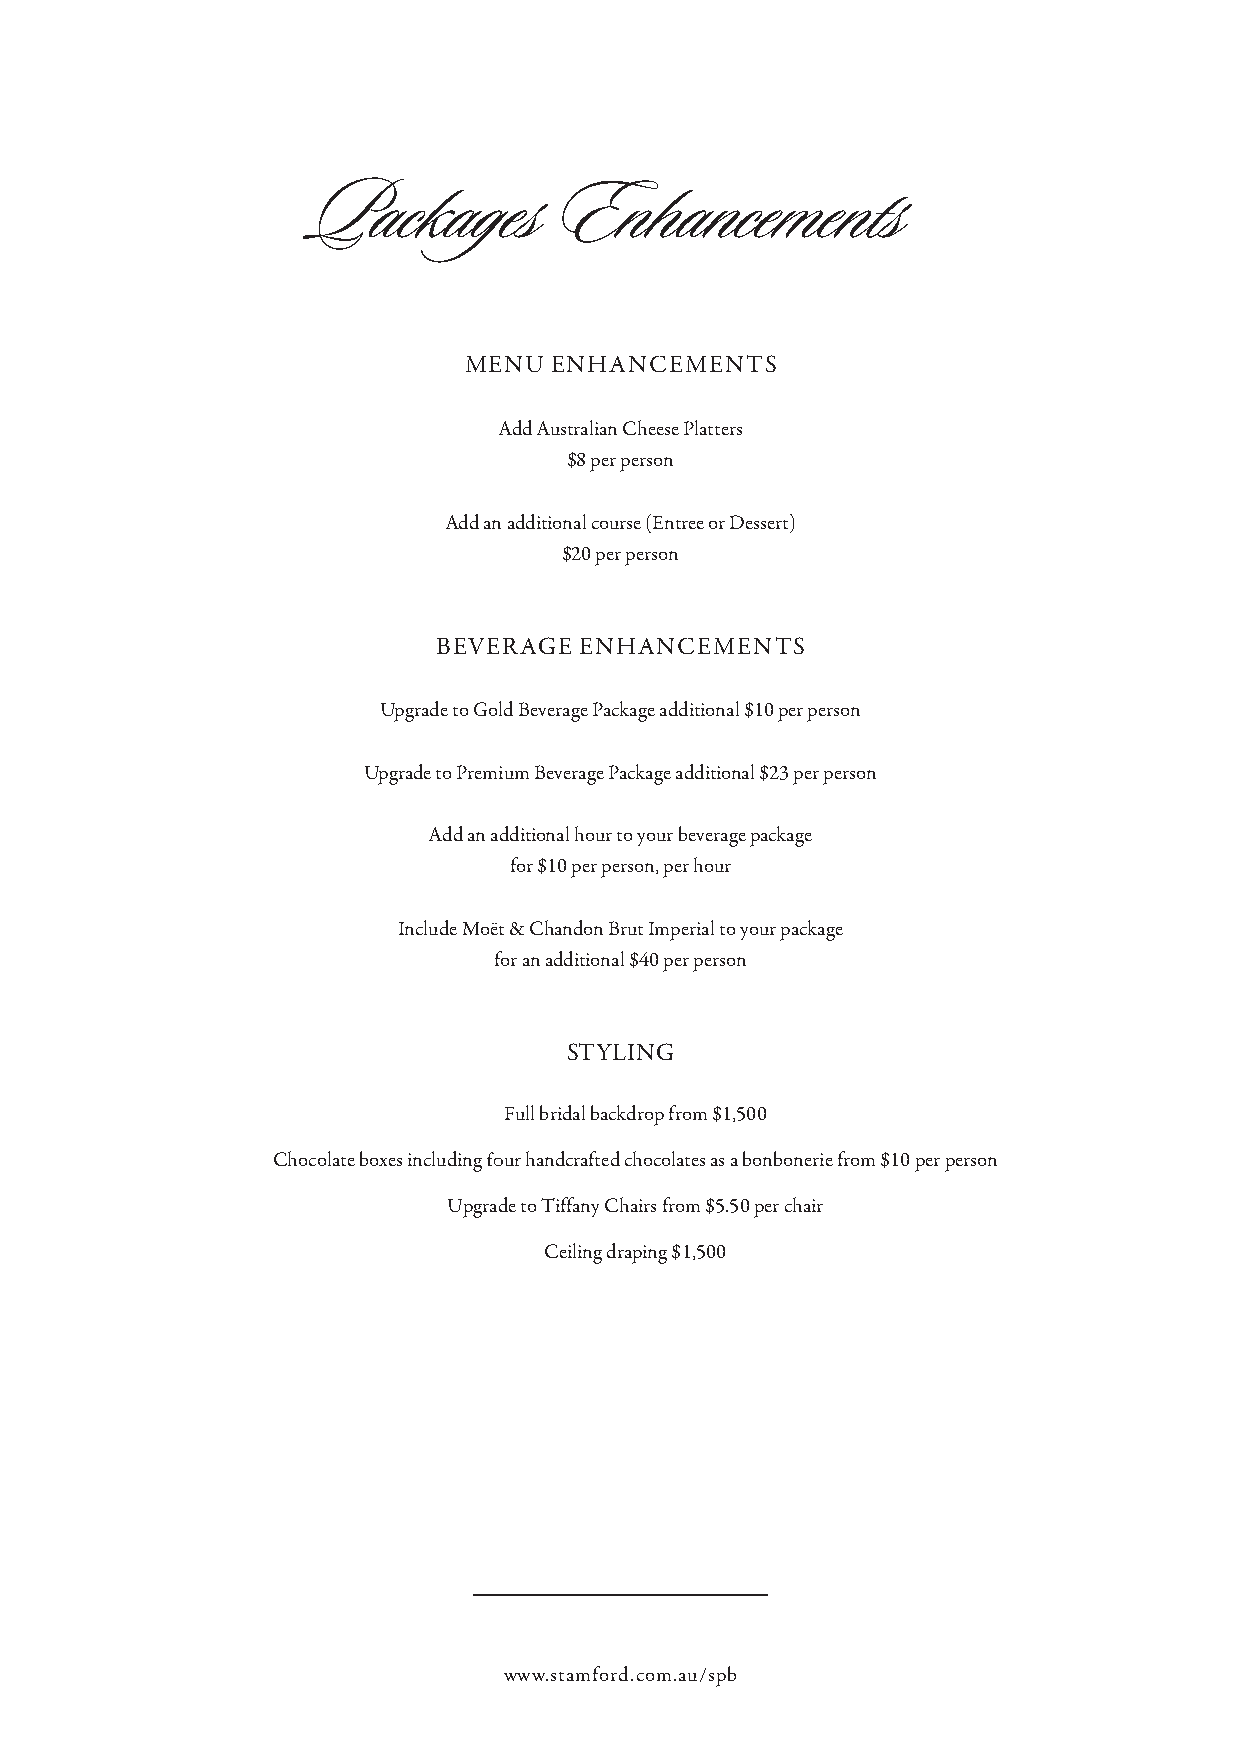
Packages        Enhancements
 MEnU  EnHAnCEMEnTS
 Add Australian Cheese Platters
 $8 per person
 Add an additional course (Entree or Dessert)
 $20 per person
 BEvERAGE EnHAnCEMEnTS
 Upgrade to Gold Beverage Package additional $10 per person
 Upgrade to Premium Beverage Package additional $23 per person
 Add an additional hour to your beverage package
 for $10 per person, per hour
 Include Moët & Chandon Brut Imperial to your package
 for an additional $40 per person
 STYLInG
 Full bridal backdrop from $1,500
 Chocolate boxes including four handcrafted chocolates as a bonbonerie from $10 per person
 Upgrade to Tiffany Chairs from $5.50 per chair
 Ceiling draping $1,500
 www.stamford.com.au/spb